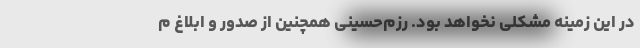
در این زمینه مشکلی نخواهد بود. رزم‌حسینی همچنین از صدور و ابلاغ م